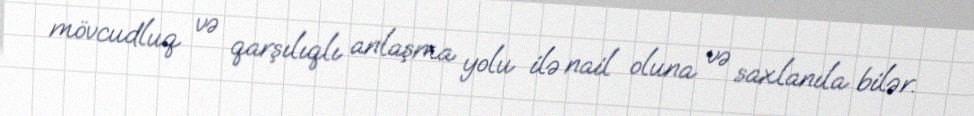
mövcudluq və qarşılıqlı anlaşma yolu ilə nail oluna və saxlanıla bilər.